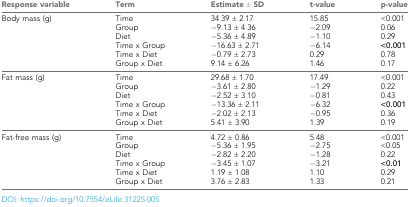
<table><thead><tr><td><b>Response variable</b></td><td><b>Term</b></td><td><b>Estimate ± SD</b></td><td><b>t-value</b></td><td><b>p-value</b></td></tr></thead><tbody><tr><td>Body mass (g)</td><td>Time Group Diet Time x Group Time x Diet Group x Diet</td><td>34.39 ± 2.17 −9.13 ± 4.36 −5.36 ± 4.89 −16.63 ± 2.71 −0.79 ± 2.73 9.14 ± 6.26</td><td>15.85 −2.09 −1.10 −6.14 0.29 1.46</td><td>&lt;0.001 0.06 0.29 <b>&lt;0.001</b>0.78 0.17</td></tr><tr><td>Fat mass (g)</td><td>Time Group Diet Time x Group Time x Diet Group x Diet</td><td>29.68 ± 1.70 −3.61 ± 2.80 −2.52 ± 3.10 −13.36 ± 2.11 −2.02 ± 2.13 5.41 ± 3.90</td><td>17.49 −1.29 −0.81 −6.32 −0.95 1.39</td><td>&lt;0.001 0.22 0.43 <b>&lt;0.001</b>0.36 0.19</td></tr><tr><td>Fat-free mass (g)</td><td>Time Group Diet Time x Group Time x Diet Group x Diet</td><td>4.72 ± 0.86 −5.36 ± 1.95 −2.82 ± 2.20 −3.45 ± 1.07 1.19 ± 1.08 3.76 ± 2.83</td><td>5.48 −2.75 −1.28 −3.21 1.10 1.33</td><td>&lt;0.001 &lt;0.05 0.22 <b>&lt;0.01</b>0.29 0.21</td></tr></tbody></table>